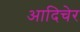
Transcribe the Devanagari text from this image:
आदिचेर